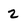
Character: 2